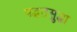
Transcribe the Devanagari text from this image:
पद्धतसुद्धा